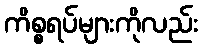
ကိစ္စရပ်များကိုလည်း